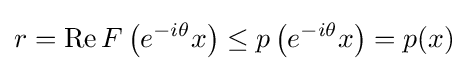
r=\operatorname {Re} F\left(e^{-i\theta }x\right)\leq p\left(e^{-i\theta }x\right)=p(x)